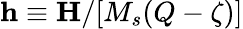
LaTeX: \mathbf{h}\equiv\mathbf{H}/[M_{s}(Q-\zeta)]